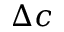
\Delta c